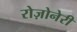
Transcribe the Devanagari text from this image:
रोज़ोनेरी